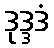
ဒုဒ္ဒဒံ